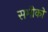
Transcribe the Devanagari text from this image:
सभीको